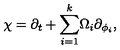
\chi = \partial _ { t } + { { { \sum _ { i = 1 } ^ { k } } } } \Omega _ { i } \partial _ { \phi _ { i } } ,